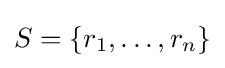
S=\{r_{1},\dots ,r_{n}\}